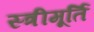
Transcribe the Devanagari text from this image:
स्त्रीमूर्ति